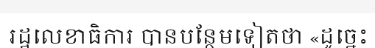
រដ្ឋលេខាធិការ បានបន្ថែមទៀតថា «ដូច្នេះ